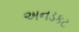
અનડકટ